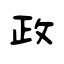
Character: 政